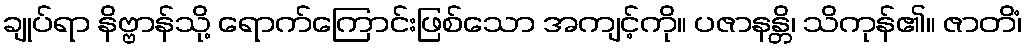
ချုပ်ရာ နိဗ္ဗာန်သို့ ရောက်ကြောင်းဖြစ်သော အကျင့်ကို။ ပဇာနန္တိ၊ သိကုန်၏။ ဇာတိံ၊